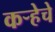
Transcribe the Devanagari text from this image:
कऱ्हेचे